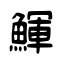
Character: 鯶